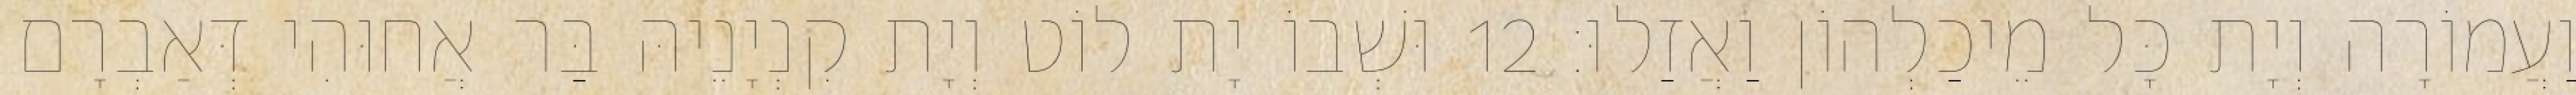
וַעֲמוֹרָה וְיָת כָּל מֵיכַלְהוֹן וַאֲזַלוּ׃ 12 וּשְׁבוֹ יָת לוֹט וְיָת קִנְיָנֵיהּ בַּר אֲחוּהִי דְּאַבְרָם